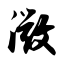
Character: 微